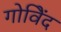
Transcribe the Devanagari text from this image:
गोविेंद